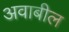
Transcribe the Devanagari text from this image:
अवाबील